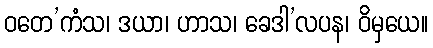
ဝတေ’ကံသ၊ ဒယာ၊ ဟာသ၊ ခေဒါ’လပန၊ ဝိမှယေ။